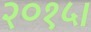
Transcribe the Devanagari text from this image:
२०१५।